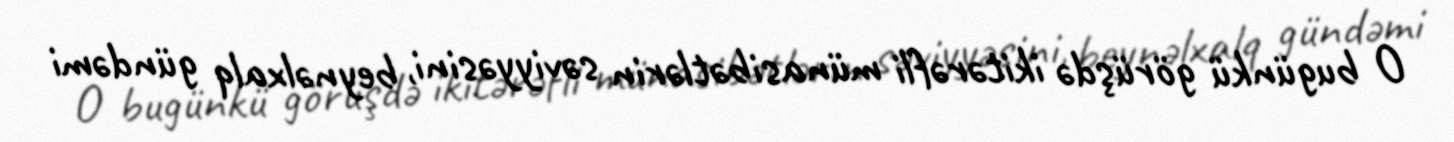
O bugünkü görüşdə ikitərəfli münasibətlərin səviyyəsini, beynəlxalq gündəmi